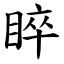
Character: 睟